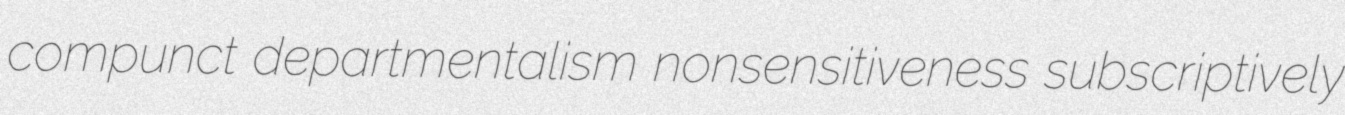
compunct departmentalism nonsensitiveness subscriptively